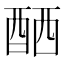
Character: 𨠴